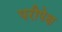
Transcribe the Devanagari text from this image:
परीपेक्ष